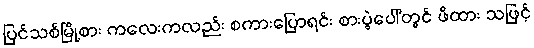
ပြင်သစ်မြို့စား ကလေးကလည်း စကားပြောရင်း စားပွဲပေါ်တွင် ဖိထား သဖြင့်